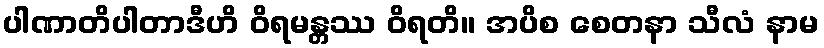
ပါဏာတိပါတာဒီဟိ ဝိရမန္တဿ ဝိရတိ။ အပိစ စေတနာ သီလံ နာမ